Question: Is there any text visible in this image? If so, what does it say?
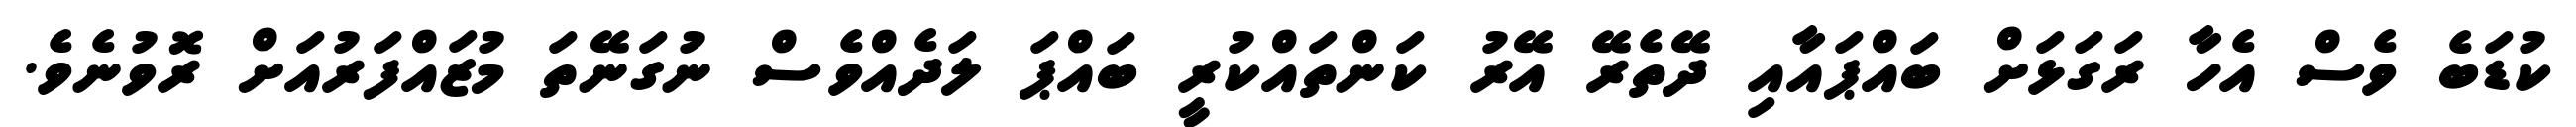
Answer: ކުޑަބެ ވެސް އެހާ ރަގަޅަށް ބައްޕައާއި ދޭތެރޭ އޭރު ކަންތައްކުރީ ބައްޕަ ލަދެއްވެސް ނުގަނޭތަ މުޒައްފަރުއަށް ރޮވުނެވެ.